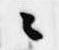
々